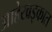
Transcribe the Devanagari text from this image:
आहेखड्कात